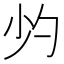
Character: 𱚣